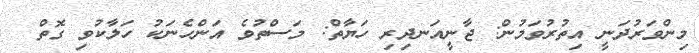
މިންވަރުދަނީ އިތުރުވަމުން: ޖާނީއަނދިރި ހަޔާތް: މަސްތުވެ އަންހެނަކު ހަލާކުވި ގޮތް